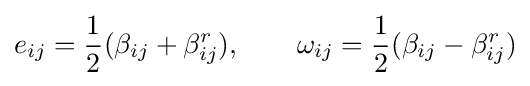
e_{ij}={1 \over {2}}(\beta _{ij}+\beta _{ij}^{r}),\qquad \omega _{ij}={1 \over {2}}(\beta _{ij}-\beta _{ij}^{r})